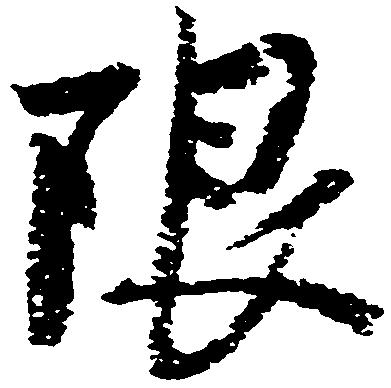
限